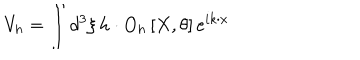
V _ { h } = \int d ^ { 3 } \xi \, h \cdot O _ { h } \left[ X , \theta \right] e ^ { i k \cdot x }